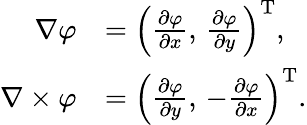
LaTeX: {\begin{array}{rl}{\nabla\varphi}&{=\left({\frac{\partial\varphi}{\partial x}},\, {\frac{\partial\varphi}{\partial y}}\right)^{\mathrm{T}},}\\ {\nabla\times\varphi}&{=\left({\frac{\partial\varphi}{\partial y}},\, -{\frac{\partial\varphi}{\partial x}}\right)^{\mathrm{T}}.}\end{array}}